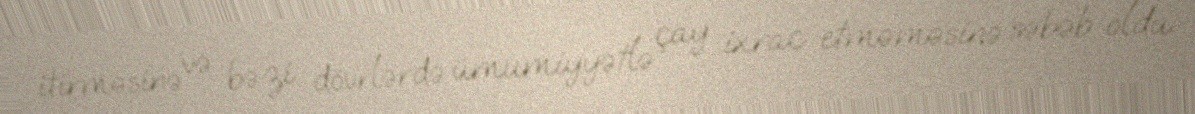
itirməsinə və bəzi dövrlərdə ümumiyyətlə çay ixrac etməməsinə səbəb oldu.